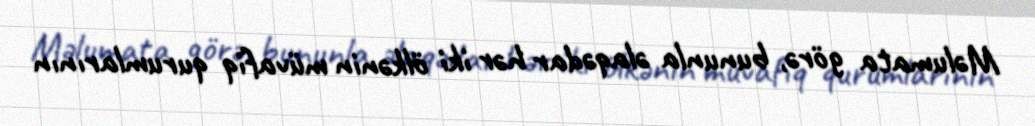
Məlumata görə, bununla əlaqədar hər iki ölkənin müvafiq qurumlarının